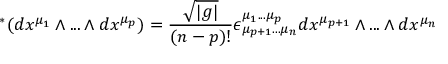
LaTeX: \ ^ { * } ( d x ^ { \mu _ { 1 } } \wedge . . . \wedge d x ^ { \mu _ { p } } ) = \frac { \sqrt { | g | } } { ( n - p ) ! } \epsilon _ { \mu _ { p + 1 } . . . \mu _ { n } } ^ { \mu _ { 1 } . . . \mu _ { p } } d x ^ { \mu _ { p + 1 } } \wedge . . . \wedge d x ^ { \mu _ { n } }